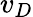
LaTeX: v_{D}